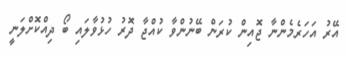
އޭރު އަހަރެމެންނާ ޖޮއިން ކުރަން ބޭނުންވާ ކުއްޖާ ދޮރު ހުޅުވާލައި ބޯ ދިއްކޮށްލަނީ